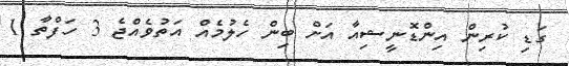
ގަޑި ކުރިން އިންޑޮނީޝިއާ އަށް ބިން ހެލުމެއް އަތުވެއްޖެ 3 ހަފްތާ 1